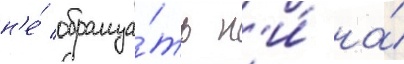
н'е́ обраща́ть н'и́ на́